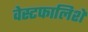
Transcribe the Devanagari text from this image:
वेस्टफालिशे